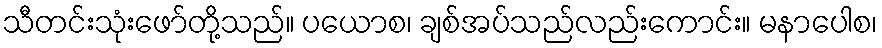
သီတင်းသုံးဖော်တို့သည်။ ပယောစ၊ ချစ်အပ်သည်လည်းကောင်း။ မနာပေါစ၊